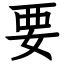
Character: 要